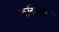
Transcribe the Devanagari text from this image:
कांदेस्तोबर